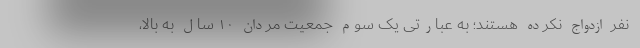
نفر ازدواج نکرده هستند؛ به عبارتی یک سوم جمعیت مردانِ ۱۰ سال به بالا،